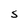
Character: S